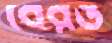
বেরঙ